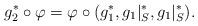
LaTeX: \begin{align*}g_2^*\circ \varphi=\varphi \circ (g_1^*,g_1|_S^*, g_1|_S^*).\end{align*}